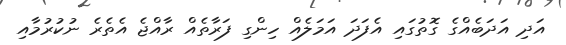
އަދި އަދަބެއްގެ ގޮތުގައި އެފަދަ އަމަލެއް ހިންގި ފަރާތެއް ރާއްޖެ އެތެރެ ނުކުރުމާއި